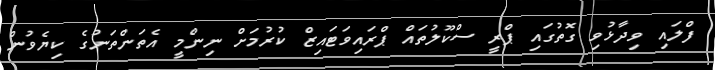
ފްލައި ވިދާޅުވި ގޮތުގައި ޕްރީ ސްކޫލުތައް ޕްރައިވަޓައިޒް ކުރުމަށް ނިންމީ އެތަންތަނުގެ ކިޔެވުން